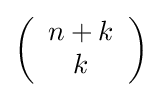
\left({\begin{array}{c}n+k\\k\end{array}}\right)